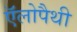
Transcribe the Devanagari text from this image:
ऍलोपैथी